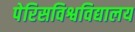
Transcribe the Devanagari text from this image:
पेरिसविश्वविद्यालय